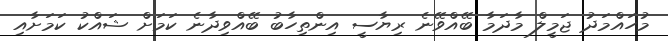
މުހައްމަދު ޖަމީލް މާދަމާ ބޭއްވޭނެ ރިޔާސީ އިންތިހާބު ބޭއްވިދާނެ ކަމަށް ޝައްކު ކަމަށާއި